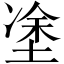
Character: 𡍼